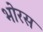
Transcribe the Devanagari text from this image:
भोरस